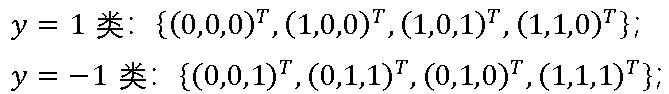
\(y = 1  \)类\(:  \{(0,0,0)^T,(1,0,0)^T,(1,0,1)^T,(1,1,0)^T\}; \)\\
\(y = -1  \)类\(:  \{(0,0,1)^T,(0,1,1)^T,(0,1,0)^T,(1,1,1)^T\};\)